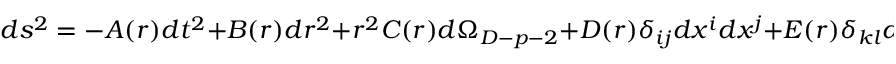
d s ^ { 2 } = - A ( r ) d t ^ { 2 } + B ( r ) d r ^ { 2 } + r ^ { 2 } C ( r ) d \Omega _ { D - p - 2 } + D ( r ) \delta _ { i j } d x ^ { i } d x ^ { j } + E ( r ) \delta _ { k l } d x ^ { k } d x ^ { l } ,